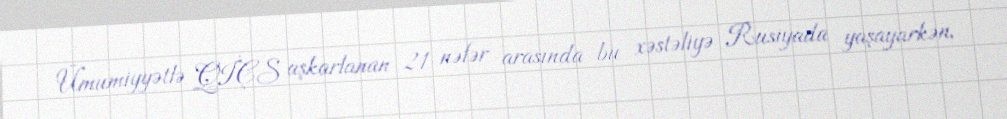
Ümumiyyətlə QİÇS aşkarlanan 21 nəfər arasında bu xəstəliyə Rusiyada yaşayarkən,